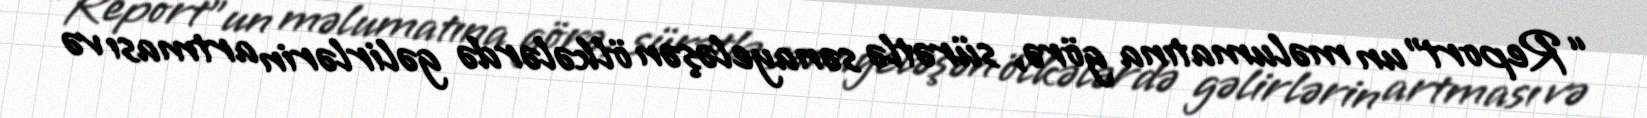
“Report”un məlumatına görə, sürətlə sənayeləşən ölkələrdə gəlirlərin artması və